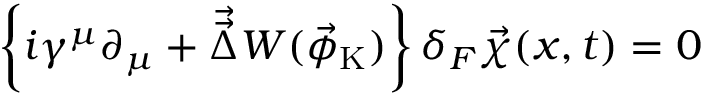
\left\{ i \gamma ^ { \mu } \partial _ { \mu } + \vec { \vec { \Delta } } W ( \vec { \phi } _ { \mathrm { K } } ) \right\} \delta _ { F } \vec { \chi } ( x , t ) = 0